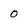
Character: O